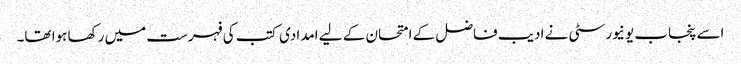
اسے پنجاب یونیورسٹی نے ادیب فاضل کے امتحان کے لیے امدادی کتب کی فہرست میں رکھا ہوا تھا۔